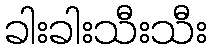
ခါးခါးသီးသီး